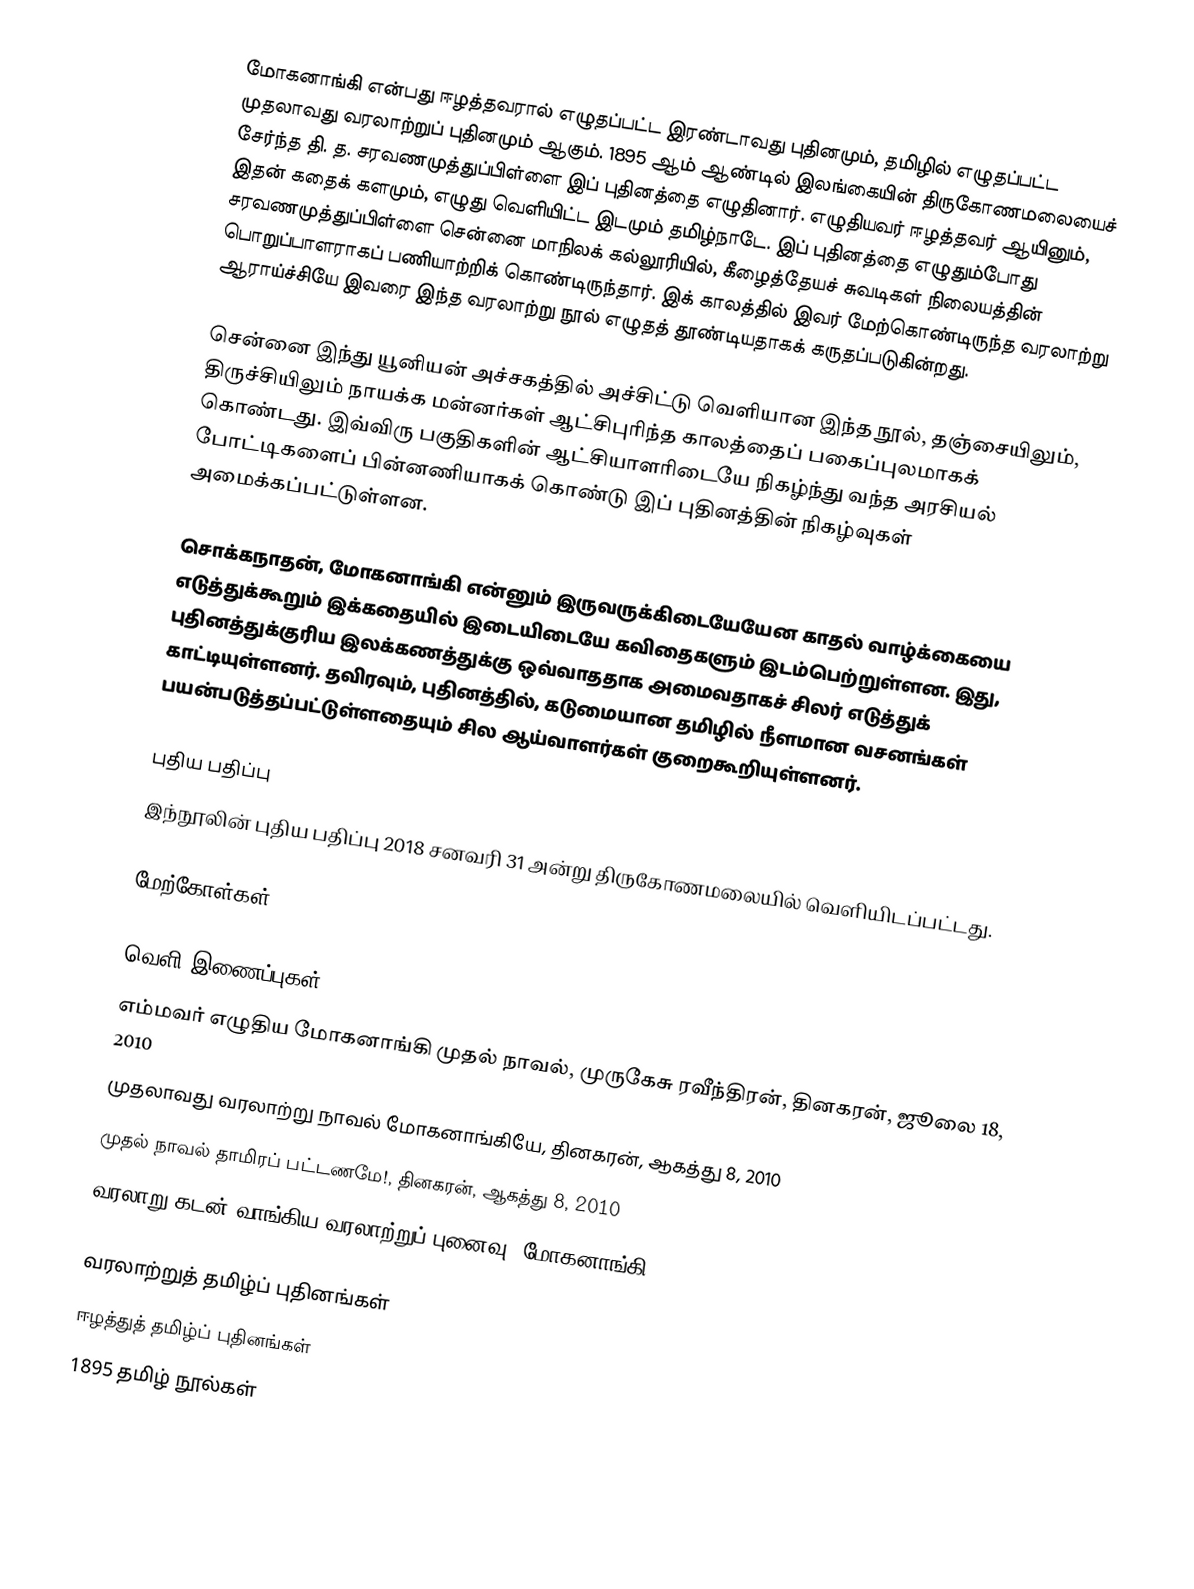
மோகனாங்கி என்பது ஈழத்தவரால் எழுதப்பட்ட இரண்டாவது புதினமும், தமிழில் எழுதப்பட்ட முதலாவது வரலாற்றுப் புதினமும் ஆகும். 1895 ஆம் ஆண்டில் இலங்கையின் திருகோணமலையைச் சேர்ந்த தி. த. சரவணமுத்துப்பிள்ளை இப் புதினத்தை எழுதினார். எழுதியவர் ஈழத்தவர் ஆயினும், இதன் கதைக் களமும், எழுது வெளியிட்ட இடமும் தமிழ்நாடே. இப் புதினத்தை எழுதும்போது சரவணமுத்துப்பிள்ளை சென்னை மாநிலக் கல்லூரியில், கீழைத்தேயச் சுவடிகள் நிலையத்தின் பொறுப்பாளராகப் பணியாற்றிக் கொண்டிருந்தார். இக் காலத்தில் இவர் மேற்கொண்டிருந்த வரலாற்று ஆராய்ச்சியே இவரை இந்த வரலாற்று நூல் எழுதத் தூண்டியதாகக் கருதப்படுகின்றது.

சென்னை இந்து யூனியன் அச்சகத்தில் அச்சிட்டு வெளியான இந்த நூல், தஞ்சையிலும், திருச்சியிலும் நாயக்க மன்னர்கள் ஆட்சிபுரிந்த காலத்தைப் பகைப்புலமாகக் கொண்டது. இவ்விரு பகுதிகளின் ஆட்சியாளரிடையே நிகழ்ந்து வந்த அரசியல் போட்டிகளைப் பின்னணியாகக் கொண்டு இப் புதினத்தின் நிகழ்வுகள் அமைக்கப்பட்டுள்ளன.

சொக்கநாதன், மோகனாங்கி என்னும் இருவருக்கிடையேயேன காதல் வாழ்க்கையை எடுத்துக்கூறும் இக்கதையில் இடையிடையே கவிதைகளும் இடம்பெற்றுள்ளன. இது, புதினத்துக்குரிய இலக்கணத்துக்கு ஒவ்வாததாக அமைவதாகச் சிலர் எடுத்துக் காட்டியுள்ளனர். தவிரவும், புதினத்தில், கடுமையான தமிழில் நீளமான வசனங்கள் பயன்படுத்தப்பட்டுள்ளதையும் சில ஆய்வாளர்கள் குறைகூறியுள்ளனர்.

புதிய பதிப்பு
இந்நூலின் புதிய பதிப்பு 2018 சனவரி 31 அன்று திருகோணமலையில் வெளியிடப்பட்டது.

மேற்கோள்கள்

வெளி இணைப்புகள்
எம்மவர் எழுதிய மோகனாங்கி முதல் நாவல், முருகேசு ரவீந்திரன், தினகரன், ஜூலை 18, 2010
முதலாவது வரலாற்று நாவல் மோகனாங்கியே, தினகரன், ஆகத்து 8, 2010
முதல் நாவல் தாமிரப் பட்டணமே!, தினகரன், ஆகத்து 8, 2010
வரலாறு கடன் வாங்கிய வரலாற்றுப் புனைவு 'மோகனாங்கி'

வரலாற்றுத் தமிழ்ப் புதினங்கள்
ஈழத்துத் தமிழ்ப் புதினங்கள்
1895 தமிழ் நூல்கள்